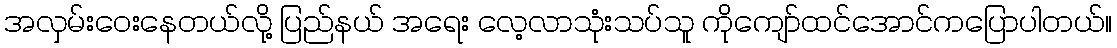
အလှမ်းဝေးနေတယ်လို့ ပြည်နယ် အရေး လေ့လာသုံးသပ်သူ ကိုကျော်ထင်အောင်ကပြောပါတယ်။